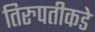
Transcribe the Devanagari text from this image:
तिरुपतीकडे